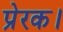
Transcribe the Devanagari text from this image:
प्रेरक।